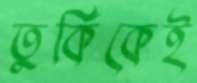
তুর্কিকেই